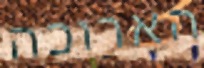
הארוכה